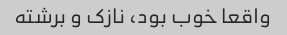
واقعا خوب بود، نازک و برشته